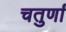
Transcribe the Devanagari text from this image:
चतुर्णां